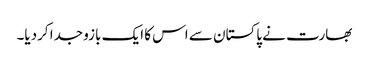
بھارت نے پاکستان سے اس کا ایک بازو جدا کردیا۔